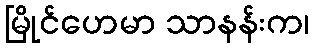
မြိုင်ဟေမာ သာနန်းက၊